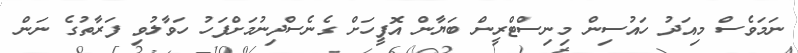
ނަމަވެސް މިއަދު ހައުސިން މިނިސްޓްރީން ބަޔާން އޮފީހަށް ގެނެސްދިނުމަށްފަހު ހަވާލުވި ފަރާތުގެ ނަން